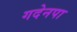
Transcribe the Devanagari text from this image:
गदेनपा